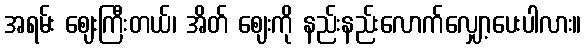
အရမ်း ဈေးကြီးတယ်၊ အိတ် ဈေးကို နည်းနည်းလောက်လျှော့ပေးပါလား။